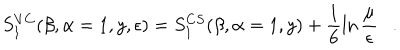
LaTeX: S _ { 1 } ^ { V C } ( \beta , \alpha = 1 , y , \epsilon ) = S _ { 1 } ^ { C S } ( \beta , \alpha = 1 , y ) + \frac 1 6 \ln { \frac { \mu } { \epsilon } } .